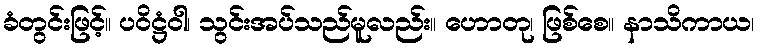
ခံတွင်းဖြင့်။ ပဝိဋ္ဌံဝါ၊ သွင်းအပ်သည်မူလည်း။ ဟောတု၊ ဖြစ်စေ။ နာသိကာယ၊